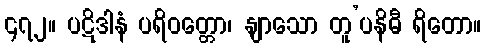
၄၇၂။ ပဋိဒါနံ ပရိဝတ္တော၊ နျာသော တူ’ပနိဓီ ရိတော။